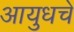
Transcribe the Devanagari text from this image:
आयुधचे